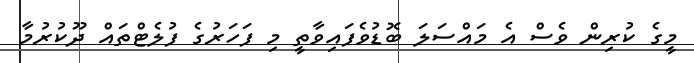
މީގެ ކުރިން ވެސް އެ މައްސަލަ ބޮޑުވެފައިވާތީ މި ފަހަރުގެ ފުލެޓްތައް ދޫކުރުމާ